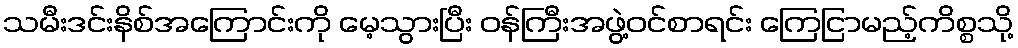
သမီးဒင်းနိစ်အကြောင်းကို မေ့သွားပြီး ဝန်ကြီးအဖွဲ့ဝင်စာရင်း ကြေငြာမည့်ကိစ္စသို့